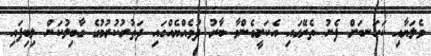
ވެލަޔާއި ކަހަނބަށް ފެނު ތެރޭގައި އެކަށީގެންވާ ބާރު ދުވެއްޔެއްގައި ދަތުރުކުރުމުގެ ގާބިލުކަން ލިބިފައި